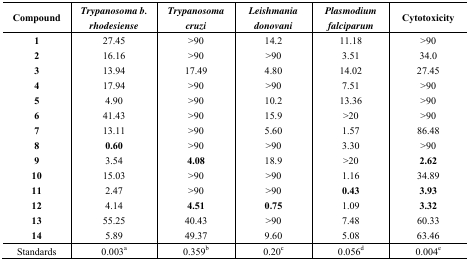
| Compound | Trypanosoma b. rhodesiense | Trypanosoma cruzi | Leishmania donovani | Plasmodium falciparum | Cytotoxicity |
 | --- | --- | --- | --- | --- | --- |
 | 1 | 27.45 | >90 | 14.2 | 11.18 | >90 |
 | 2 | 16.16 | >90 | >90 | 3.51 | 34.0 |
 | 3 | 13.94 | 17.49 | 4.80 | 14.02 | 27.45 |
 | 4 | 17.94 | >90 | >90 | 7.51 | >90 |
 | 5 | 4.90 | >90 | 10.2 | 13.36 | >90 |
 | 6 | 41.43 | >90 | 15.9 | >20 | >90 |
 | 7 | 13.11 | >90 | 5.60 | 1.57 | 86.48 |
 | 8 | 0.60 | >90 | >90 | 3.30 | >90 |
 | 9 | 3.54 | 4.08 | 18.9 | >20 | 2.62 |
 | 10 | 15.03 | >90 | >90 | 1.16 | 34.89 |
 | 11 | 2.47 | >90 | >90 | 0.43 | 3.93 |
 | 12 | 4.14 | 4.51 | 0.75 | 1.09 | 3.32 |
 | 13 | 55.25 | 40.43 | >90 | 7.48 | 60.33 |
 | 14 | 5.89 | 49.37 | 9.60 | 5.08 | 63.46 |
 | Standards | 0.003a | 0.359b | 0.20c | 0.056d | 0.004e |